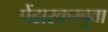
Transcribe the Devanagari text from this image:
पेंढारकरबुवा